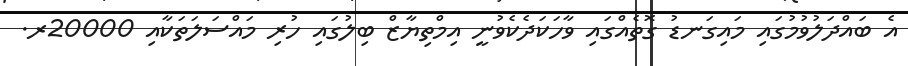
އެ ބައްދަލުވުމުގައި މައިގަނޑު ގޮތެއްގައި ވާހަކަދެކެވުނީ އިމްތިޔާޒް ބިލުގައި ހުރި މައްސަލަތަކާއި 20000ރ.